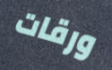
ورقات